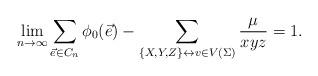
LaTeX: \begin{align*} \lim_{n\rightarrow\infty}\sum_{\vec{e}\in C_n} \phi_0(\vec{e}) - \sum_{\{X,Y,Z\}\leftrightarrow v\in V(\Sigma)} \frac{\mu}{xyz}= 1. \end{align*}